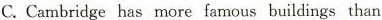
C.Cambridge has more famous buildings than